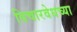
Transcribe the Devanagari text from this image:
विचारवेधच्या